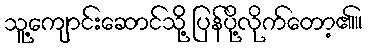
သူ့ကျောင်းဆောင်သို့ ပြန်ပို့လိုက်တော့၏။